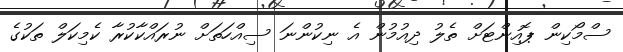
ސްމޯކިން ޕޮއިންޓަށް ތެލު ދިއުމުން އެ ނިކުންނަ ސިއްހަތަށް ނުރައްކާކުރާ ކެމިކަލް ތަކުގެ